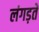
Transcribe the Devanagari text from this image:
लंगड़ते